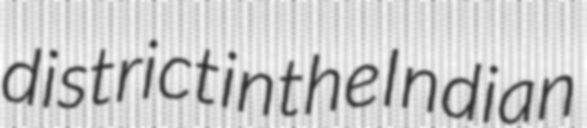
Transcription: district in the Indian